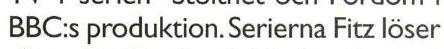
BBC:s produktion.Serierna Fitz löser